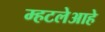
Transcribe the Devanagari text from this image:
म्हटलेआहे